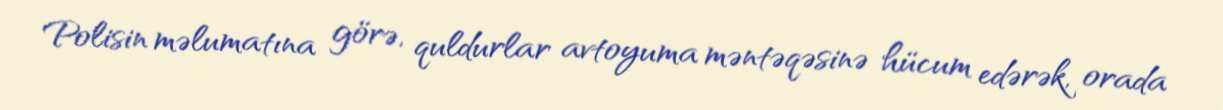
Polisin məlumatına görə, quldurlar avtoyuma məntəqəsinə hücum edərək, orada